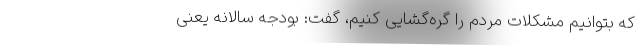
که بتوانیم مشکلات مردم را گره‌گشایی کنیم، گفت: بودجه سالانه یعنی